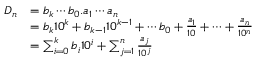
{ \begin{array} { r l } { D _ { n } } & { = b _ { k } \cdots b _ { 0 } . a _ { 1 } \cdots a _ { n } } \\ & { = b _ { k } 1 0 ^ { k } + b _ { k - 1 } 1 0 ^ { k - 1 } + \cdots b _ { 0 } + { \frac { a _ { 1 } } { 1 0 } } + \cdots + { \frac { a _ { n } } { 1 0 ^ { n } } } } \\ & { = \sum _ { i = 0 } ^ { k } b _ { i } 1 0 ^ { i } + \sum _ { j = 1 } ^ { n } { \frac { a _ { j } } { 1 0 ^ { j } } } } \end{array} }